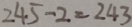
2 4 5 - 2 = 2 4 3